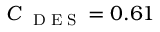
C _ { \mathrm { ~ \tiny ~ D ~ E ~ S ~ } } = 0 . 6 1